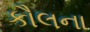
કૌલના